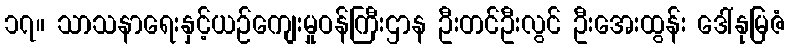
၁၇။ သာသနာရေးနှင့်ယဉ်ကျေးမှုဝန်ကြီးဌာန ဦးတင်ဦးလွင် ဦးအေးထွန်း ဒေါ်နုမြဇံ